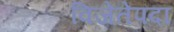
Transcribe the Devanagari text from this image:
विजेतेपदा